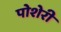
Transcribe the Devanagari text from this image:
पोशेरी